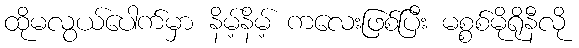
ထိုမလွယ်ပေါက်မှာ နိမ့်နိမ့် ကလေးဖြစ်ပြီး မစ္စစ်မိုရိုနီလို